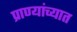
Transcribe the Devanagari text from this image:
प्राण्यांच्यात